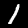
Digit: 1